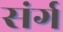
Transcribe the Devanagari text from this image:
संर्ग